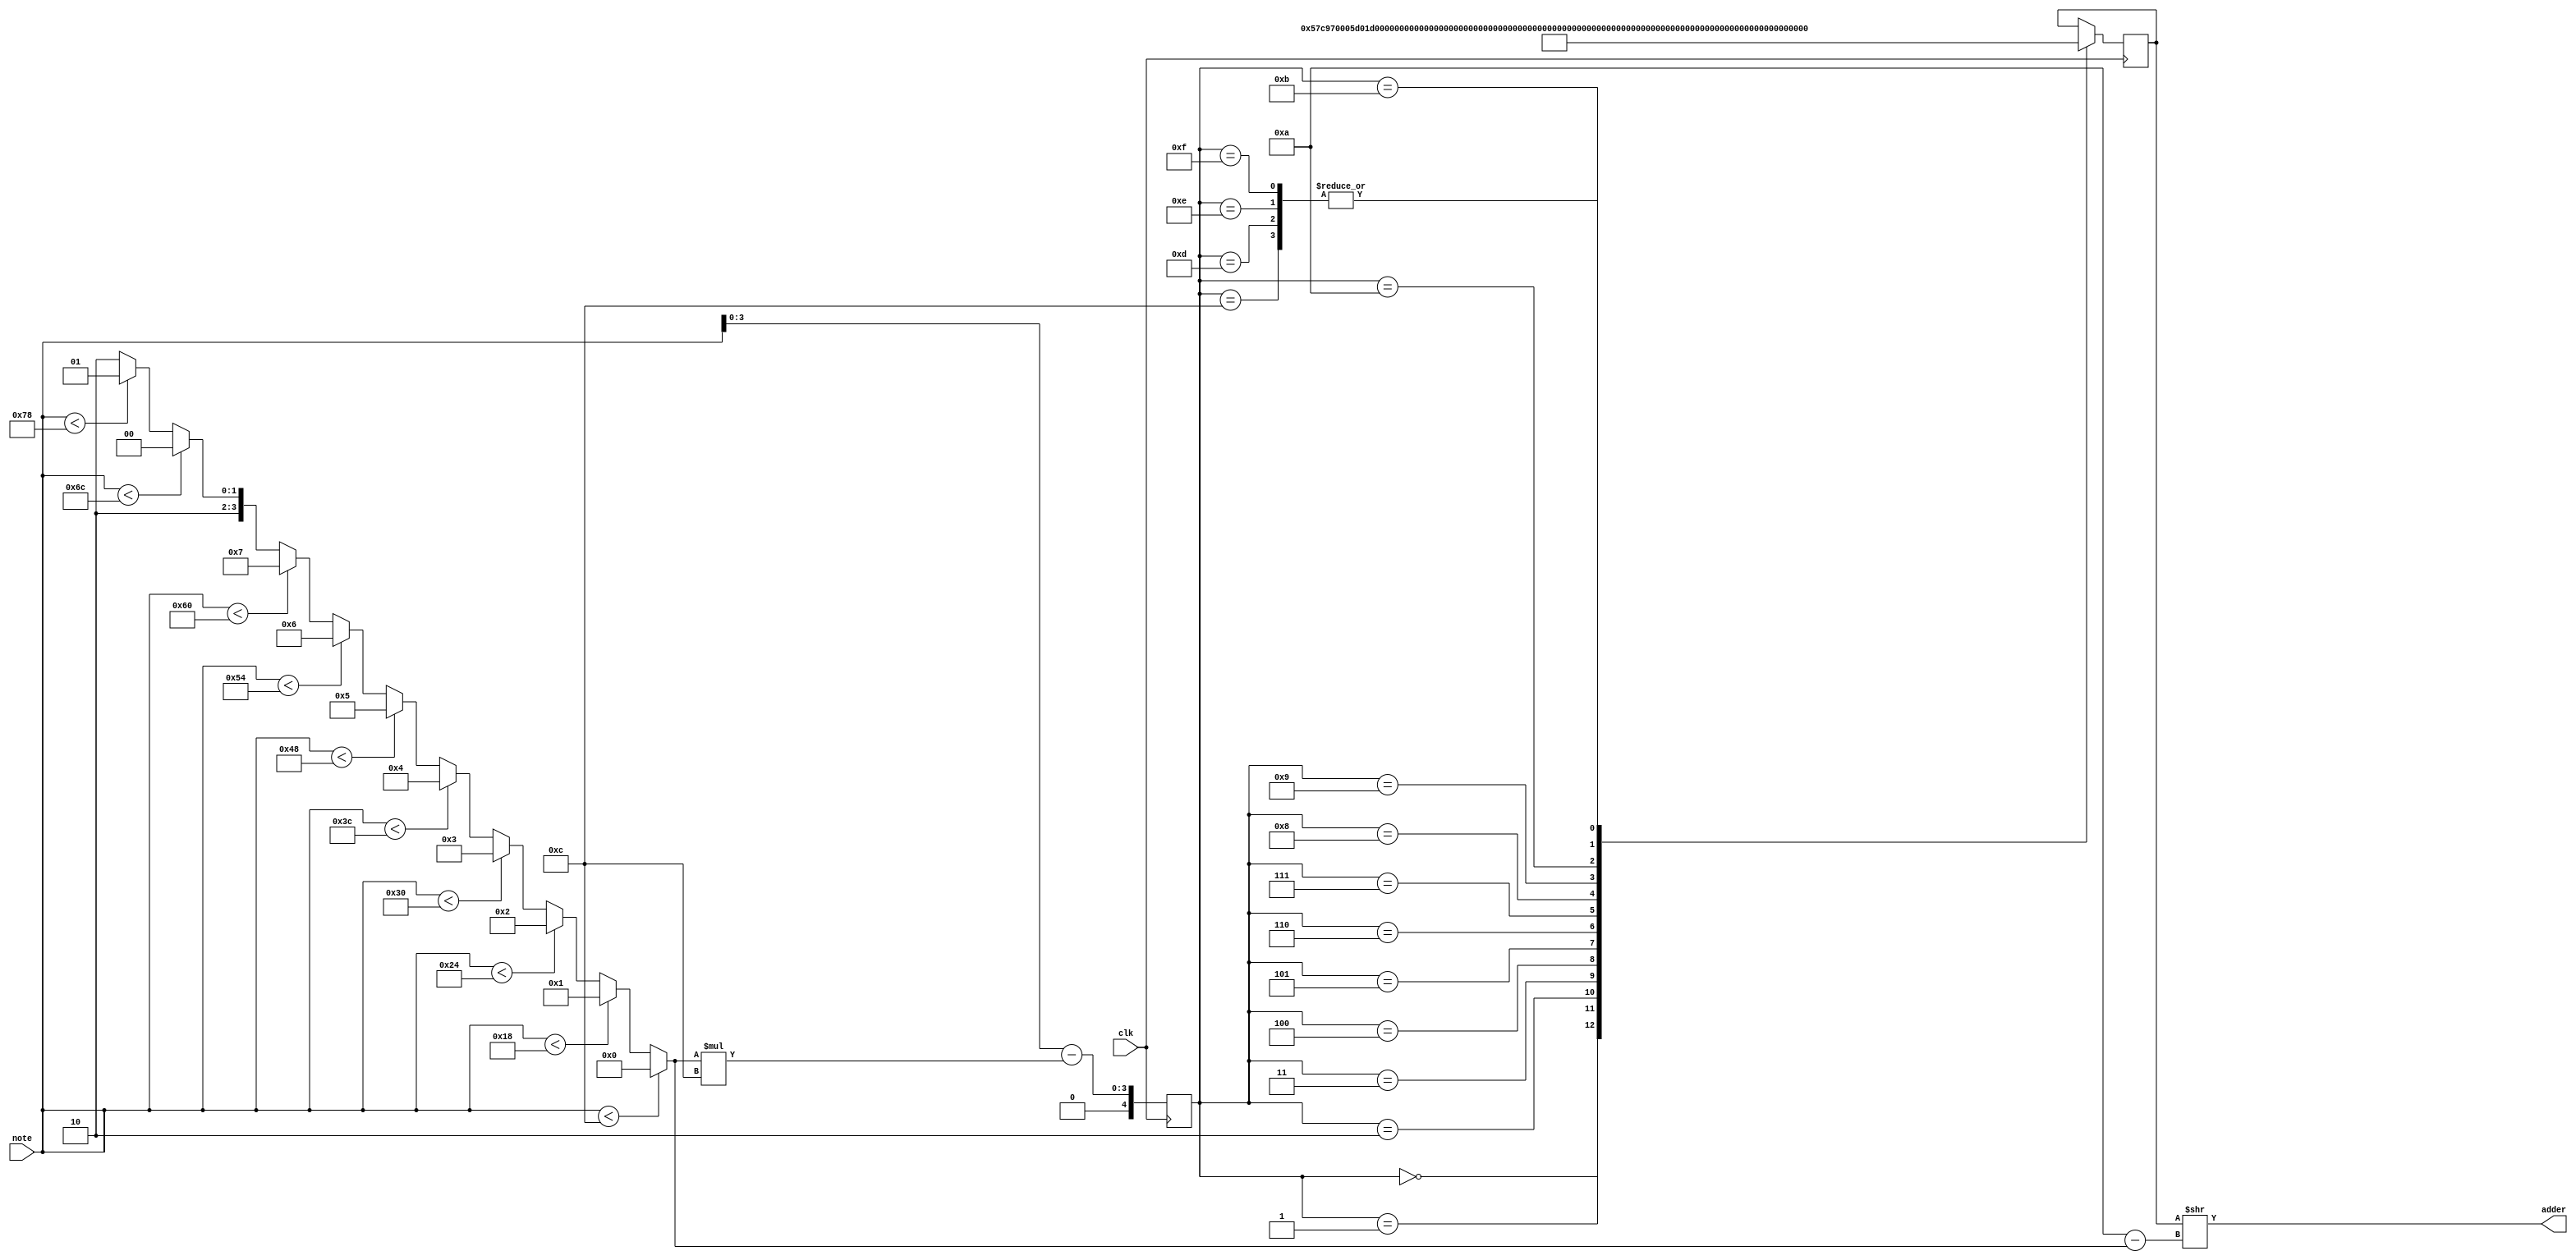
module note2dds_5st_gen(clk, note, adder);

input wire clk;
input wire [6:0] note;
output [31:0] adder;

(* romstyle = "logic" *) reg [31:0] table_values;

reg [4:0] addr_reg;

wire [3:0] diap   = (note <  12) ? 4'd00 :
					     (note <  24) ? 4'd01 :
					     (note <  36) ? 4'd02 :
					     (note <  48) ? 4'd03 :
					     (note <  60) ? 4'd04 :
					     (note <  72) ? 4'd05 :
					     (note <  84) ? 4'd06 :
					     (note <  96) ? 4'd07 :
					     (note < 108) ? 4'd08 :
					     (note < 120) ? 4'd09 : 4'd010 ;

wire [6:0] c_addr = note - (diap * 4'd012); 
wire [3:0] divider = 4'd010 - diap;

always@(posedge clk) begin
   addr_reg <= c_addr[3:0];
   case(addr_reg)
		4'd00: table_values <= 32'd0359575;
		4'd01: table_values <= 32'd0380957;
		4'd02: table_values <= 32'd0403610;
		4'd03: table_values <= 32'd0427610;
		4'd04: table_values <= 32'd0453037;
		4'd05: table_values <= 32'd0479976;
		4'd06: table_values <= 32'd0508516;
		4'd07: table_values <= 32'd0538754;
		4'd08: table_values <= 32'd0570790;
		4'd09: table_values <= 32'd0604731;
		4'd10: table_values <= 32'd0640691;
		4'd11: table_values <= 32'd0678788;
		4'd12: table_values <= 32'd0;
		4'd13: table_values <= 32'd0;
		4'd14: table_values <= 32'd0;
		4'd15: table_values <= 32'd0;
	endcase
end  

assign adder = table_values >> divider; 

endmodule